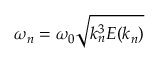
\omega _ { n } = \omega _ { 0 } \sqrt { k _ { n } ^ { 3 } E ( k _ { n } ) }